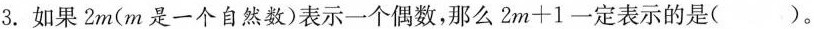
3.如果2m(m是一个自然数)表示一个偶数，那么$$2m+1$$一定表示的是()。